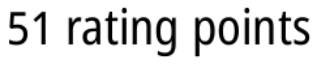
51 rating points